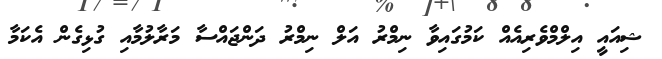
ޝިއައީ އިލްމްވެެރިއެއް ކަމުގައިވާ ނިމްރު އަލް ނިމްރު ދަންޖައްސާ މަރާލުމާއި ގުޅިގެން އެކަމާ